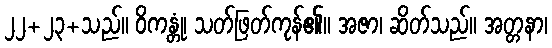
၂၂+၂၃+သည်။ ဝိကန္တုံ၊ သတ်ဖြတ်ကုန်၏။ အဇာ၊ ဆိတ်သည်။ အတ္တနာ၊